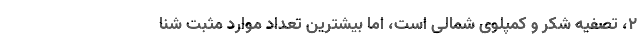
۲، تصفیه شکر و کمپلوی شمالی است، اما بیشترین تعداد موارد مثبت شنا